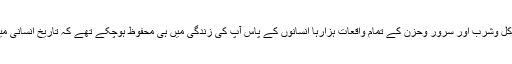
یہی وجہ تھی کہ آنحصرت ﷺ کے سفر وحضر،حرب وسلم، اکل وشرب اور سرور وحزن کے تمام واقعات ہزارہا انسانوں کے پاس آپ کی زندگی میں ہی محفوظ ہوچکے تھے کہ تاریخ انسانی میں اس کی نظیر نہیں ملتی اور نہ ہی آئندہ ایسا ہونا ممکن ہے ۔